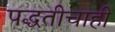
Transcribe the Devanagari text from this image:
पद्धतीचाही